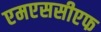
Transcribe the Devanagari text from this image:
एमएससीएफ